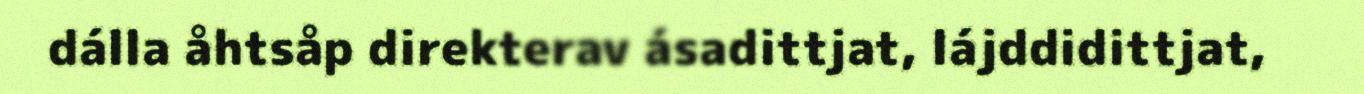
dálla åhtsåp direkterav ásadittjat, lájddidittjat,